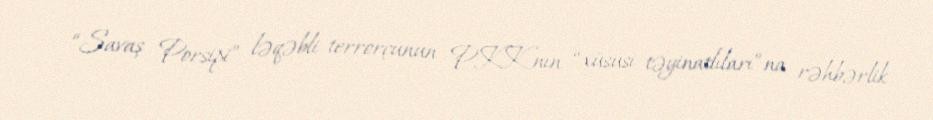
“Savaş Porsipi” ləqəbli terrorçunun PKK-nın “xüsusi təyinatlıları”na rəhbərlik